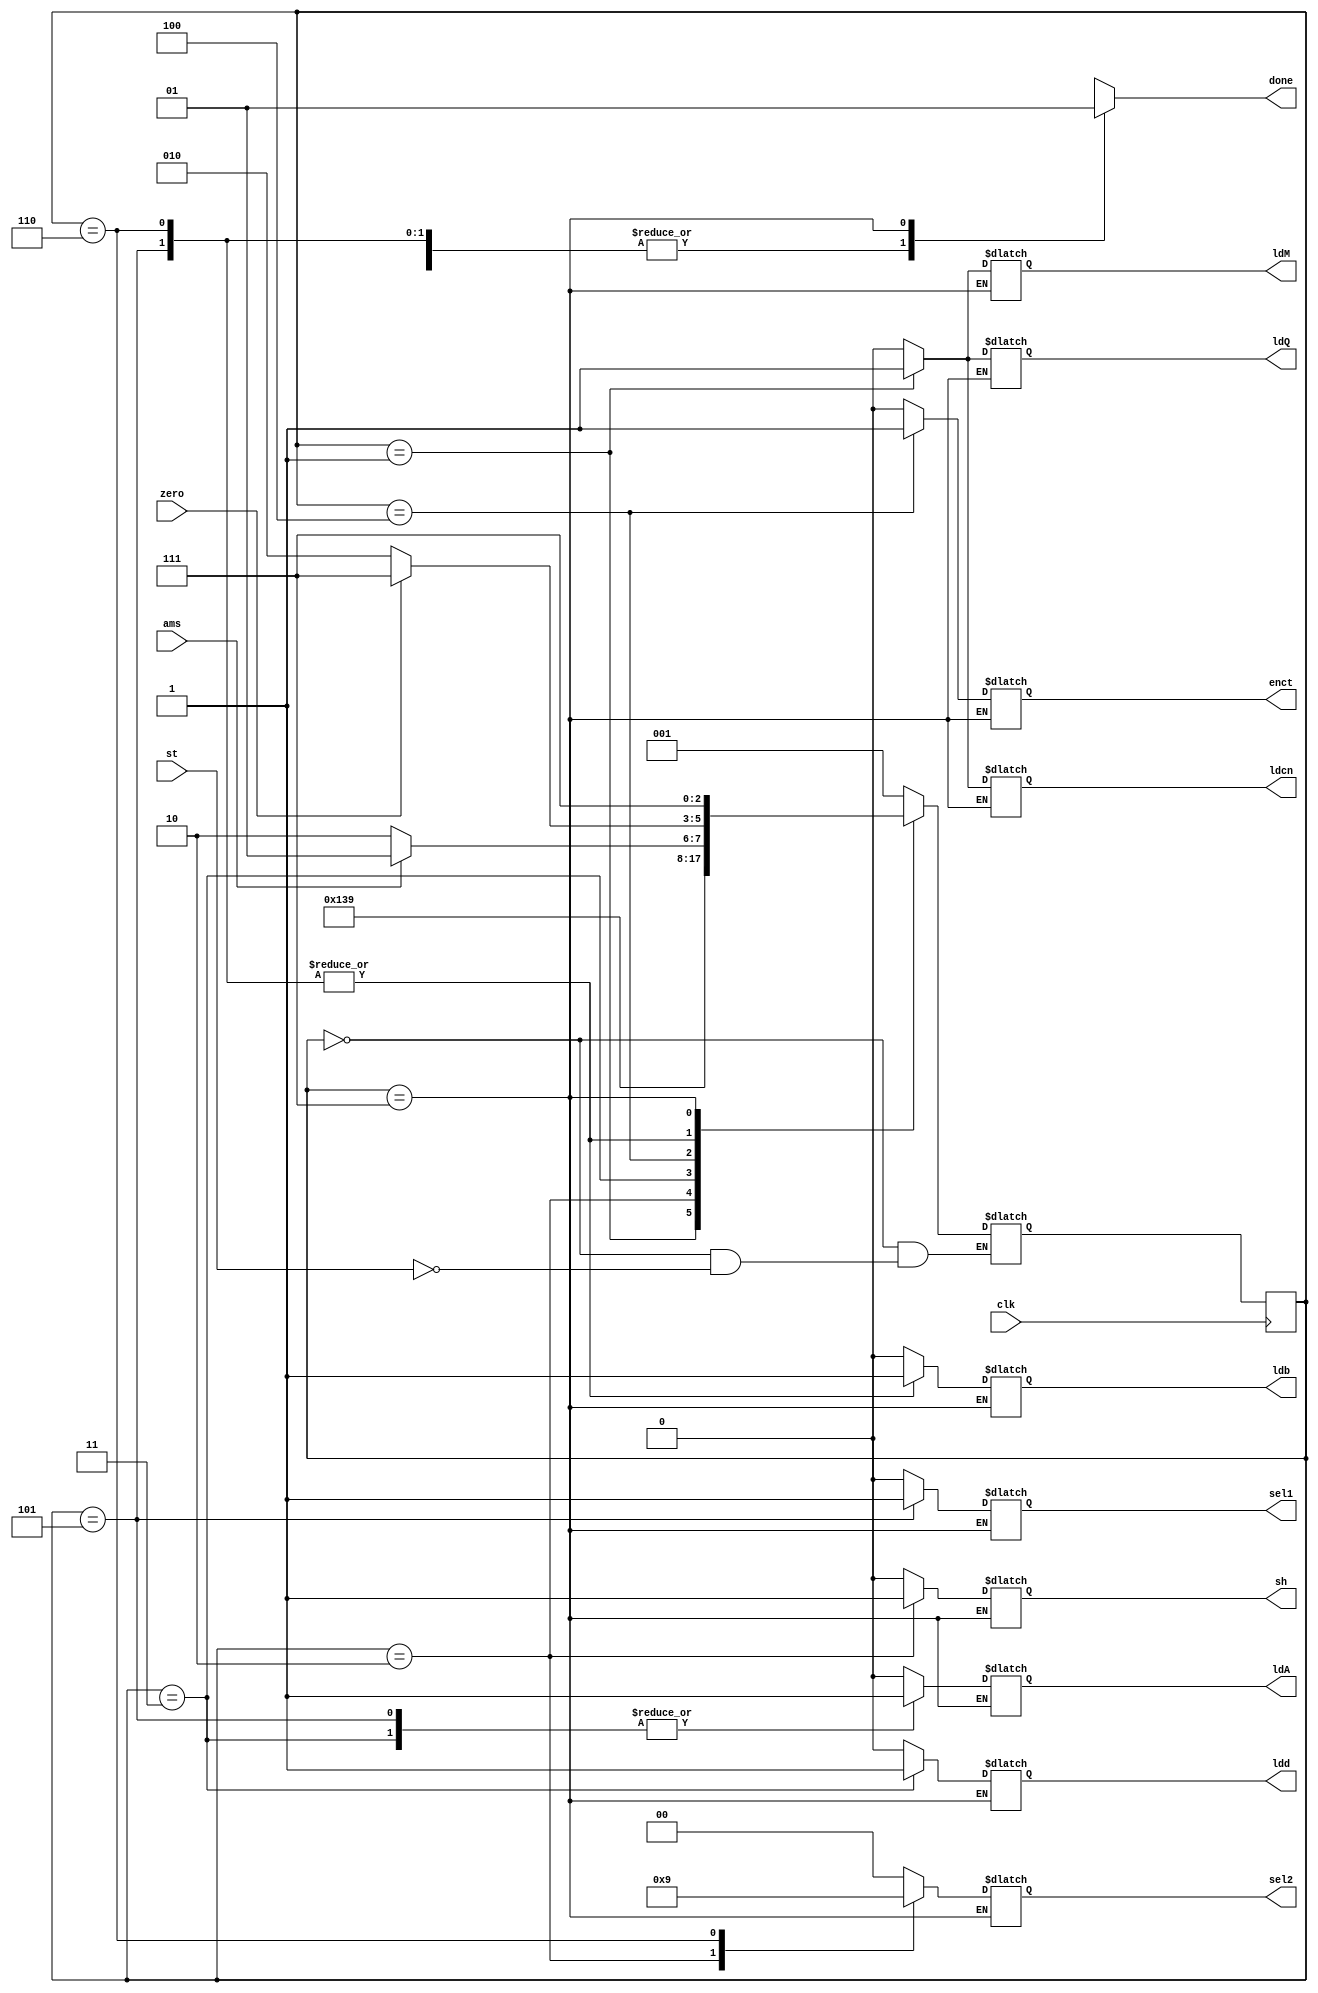
`timescale 1ns / 1ps
//////////////////////////////////////////////////////////////////////////////////
// Company: 
// Engineer: 
// 
// Design Name: 
// Module Name: RACP
// Project Name: 
// Target Devices: 
// Tool Versions: 
// Description: 
// 
// Dependencies: 
// 
// Revision:
// Revision 0.01 - File Created
// Additional Comments:
// 
//////////////////////////////////////////////////////////////////////////////////


module RACP(output reg ldQ,ldM,ldA,ldd,sh,sel1,ldcn,enct,ldb,done, output reg [1:0] sel2, input st,ams,clk,zero);
reg [2:0] state,next_state;
parameter s0 = 3'b000, s1= 3'b001, s2 = 3'b010, s3 =3'b011, s4 = 3'b100, s5 = 3'b101, s6 = 3'b110, s7=3'b111;
always @(posedge clk)
    state<=next_state;
always @(state,st,ams,zero)
begin
    case (state)
    s0 : begin ldQ=0;ldM=0;ldA=0;ldd=0;sh=0;sel1=0;sel2=0;ldcn=0;enct=0;ldb=0;done=0; if(st) next_state=s1; end 
    s1 : begin ldQ=1;ldM=1;ldA=0;ldd=0;sh=0;sel1=0;sel2=0;ldcn=1;enct=0;ldb=0;done=0; next_state=s2; end
    s2 : begin ldQ=0;ldM=0;ldA=0;ldd=0;sh=1;sel1=0;sel2=2'b10;ldcn=0;enct=0;ldb=0;done=0; next_state=s3; end
    s3: begin ldQ=0;ldM=0;ldA=1;ldd=1;sh=0;sel1=0;sel2=0;ldcn=0;enct=0;ldb=0;done=0; next_state=s4; end
    s4 : begin ldQ=0;ldM=0;ldA=0;ldd=0;sh=0;sel1=0;sel2=0;ldcn=0;enct=1;ldb=0;done=0; if (ams) next_state=s5; else next_state=s6; end 
    s5 : begin ldQ=0;ldM=0;ldA=1;ldd=0;sh=0;sel1=1;sel2=0;ldcn=0;enct=0;ldb=1;done=0; if(zero)begin next_state=s7;end else next_state = s2; end
    s6 : begin ldQ=0;ldM=0;ldA=0;ldd=0;sh=0;sel1=0;sel2=2'b01;ldcn=0;enct=0;ldb=1;done=0; if(zero) begin next_state=s7; end else next_state = s2; end
    s7: begin done=1;next_state = s7; end
    default : next_state= s0;
    endcase
end
endmodule